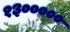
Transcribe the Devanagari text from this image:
१३०००००